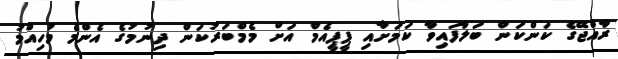
ރާއްޖޭގެ ކަންކަން ބަލާފައިވާ ކަމަށާއި ޕީޕީއެމް އަށް މެމްބަރުކަން ދިނުމުގެ އެންމެ މުހިއްމު